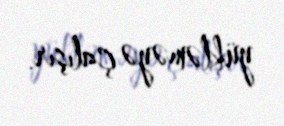
yükləməyə çalışır.